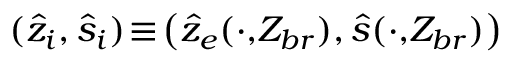
( \hat { z } _ { i } , \hat { s } _ { i } ) \! \equiv \! \big ( \hat { z } _ { e } ( \cdot , \! Z _ { b r } ) , \hat { s } ( \cdot , \! Z _ { b r } ) \big )